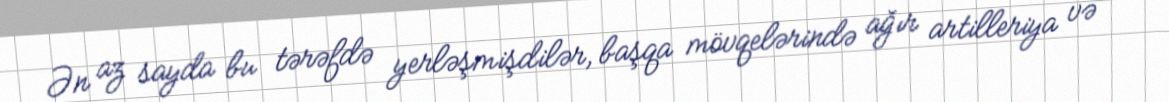
Ən az sayda bu tərəfdə yerləşmişdilər, başqa mövqelərində ağır artilleriya və